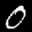
Label: 0